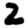
Digit: 2